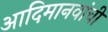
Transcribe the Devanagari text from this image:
आदिमानवांची